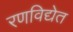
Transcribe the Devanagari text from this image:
रणविद्येत